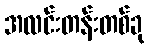
အလင်းတန်းတစ်ခု